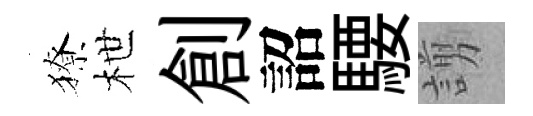
獠枻創詔騕謭